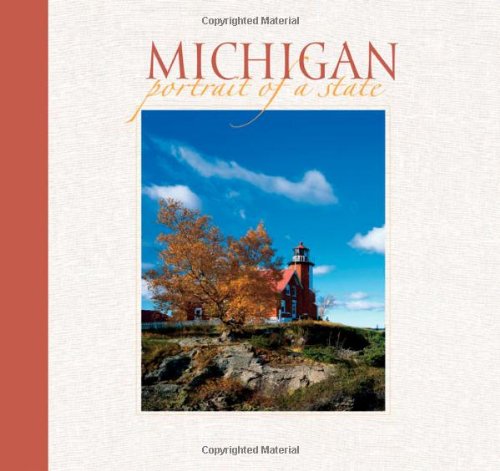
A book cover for Michigan: Portrait of a State (Portrait of a Place); Travel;